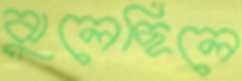
ঝুলেছিলে